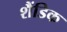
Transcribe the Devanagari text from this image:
शैंडिक